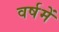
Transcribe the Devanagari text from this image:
वर्षमें